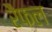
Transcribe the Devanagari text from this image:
रैफल